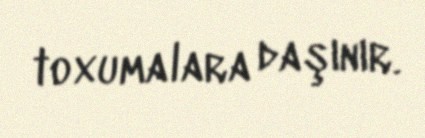
toxumalara daşınır.